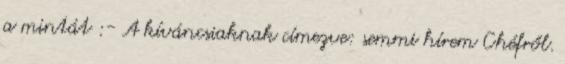
a mintát :- A kíváncsiaknak címezve: semmi hírem Chéfről.